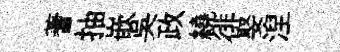
蓍抽嵌吳政繞徘娶湼